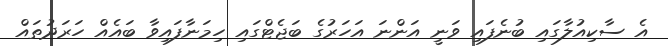
އެ ސާކިއުލާގައި ބުނެފައި ވަނީ އަންނަ އަހަރުގެ ބަޖެޓްގައި ހިމަނާފައިވާ ބައެއް ހަރަދުތައް